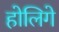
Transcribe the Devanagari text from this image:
होलिगे